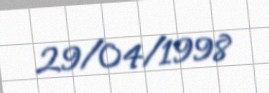
29/04/1998